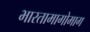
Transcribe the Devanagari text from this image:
भारतामागोमाग